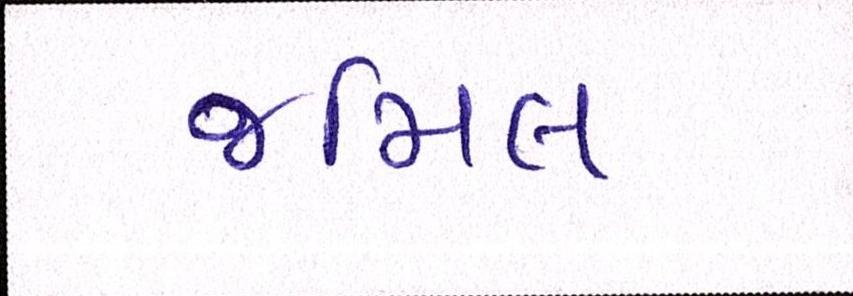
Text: જમિલ